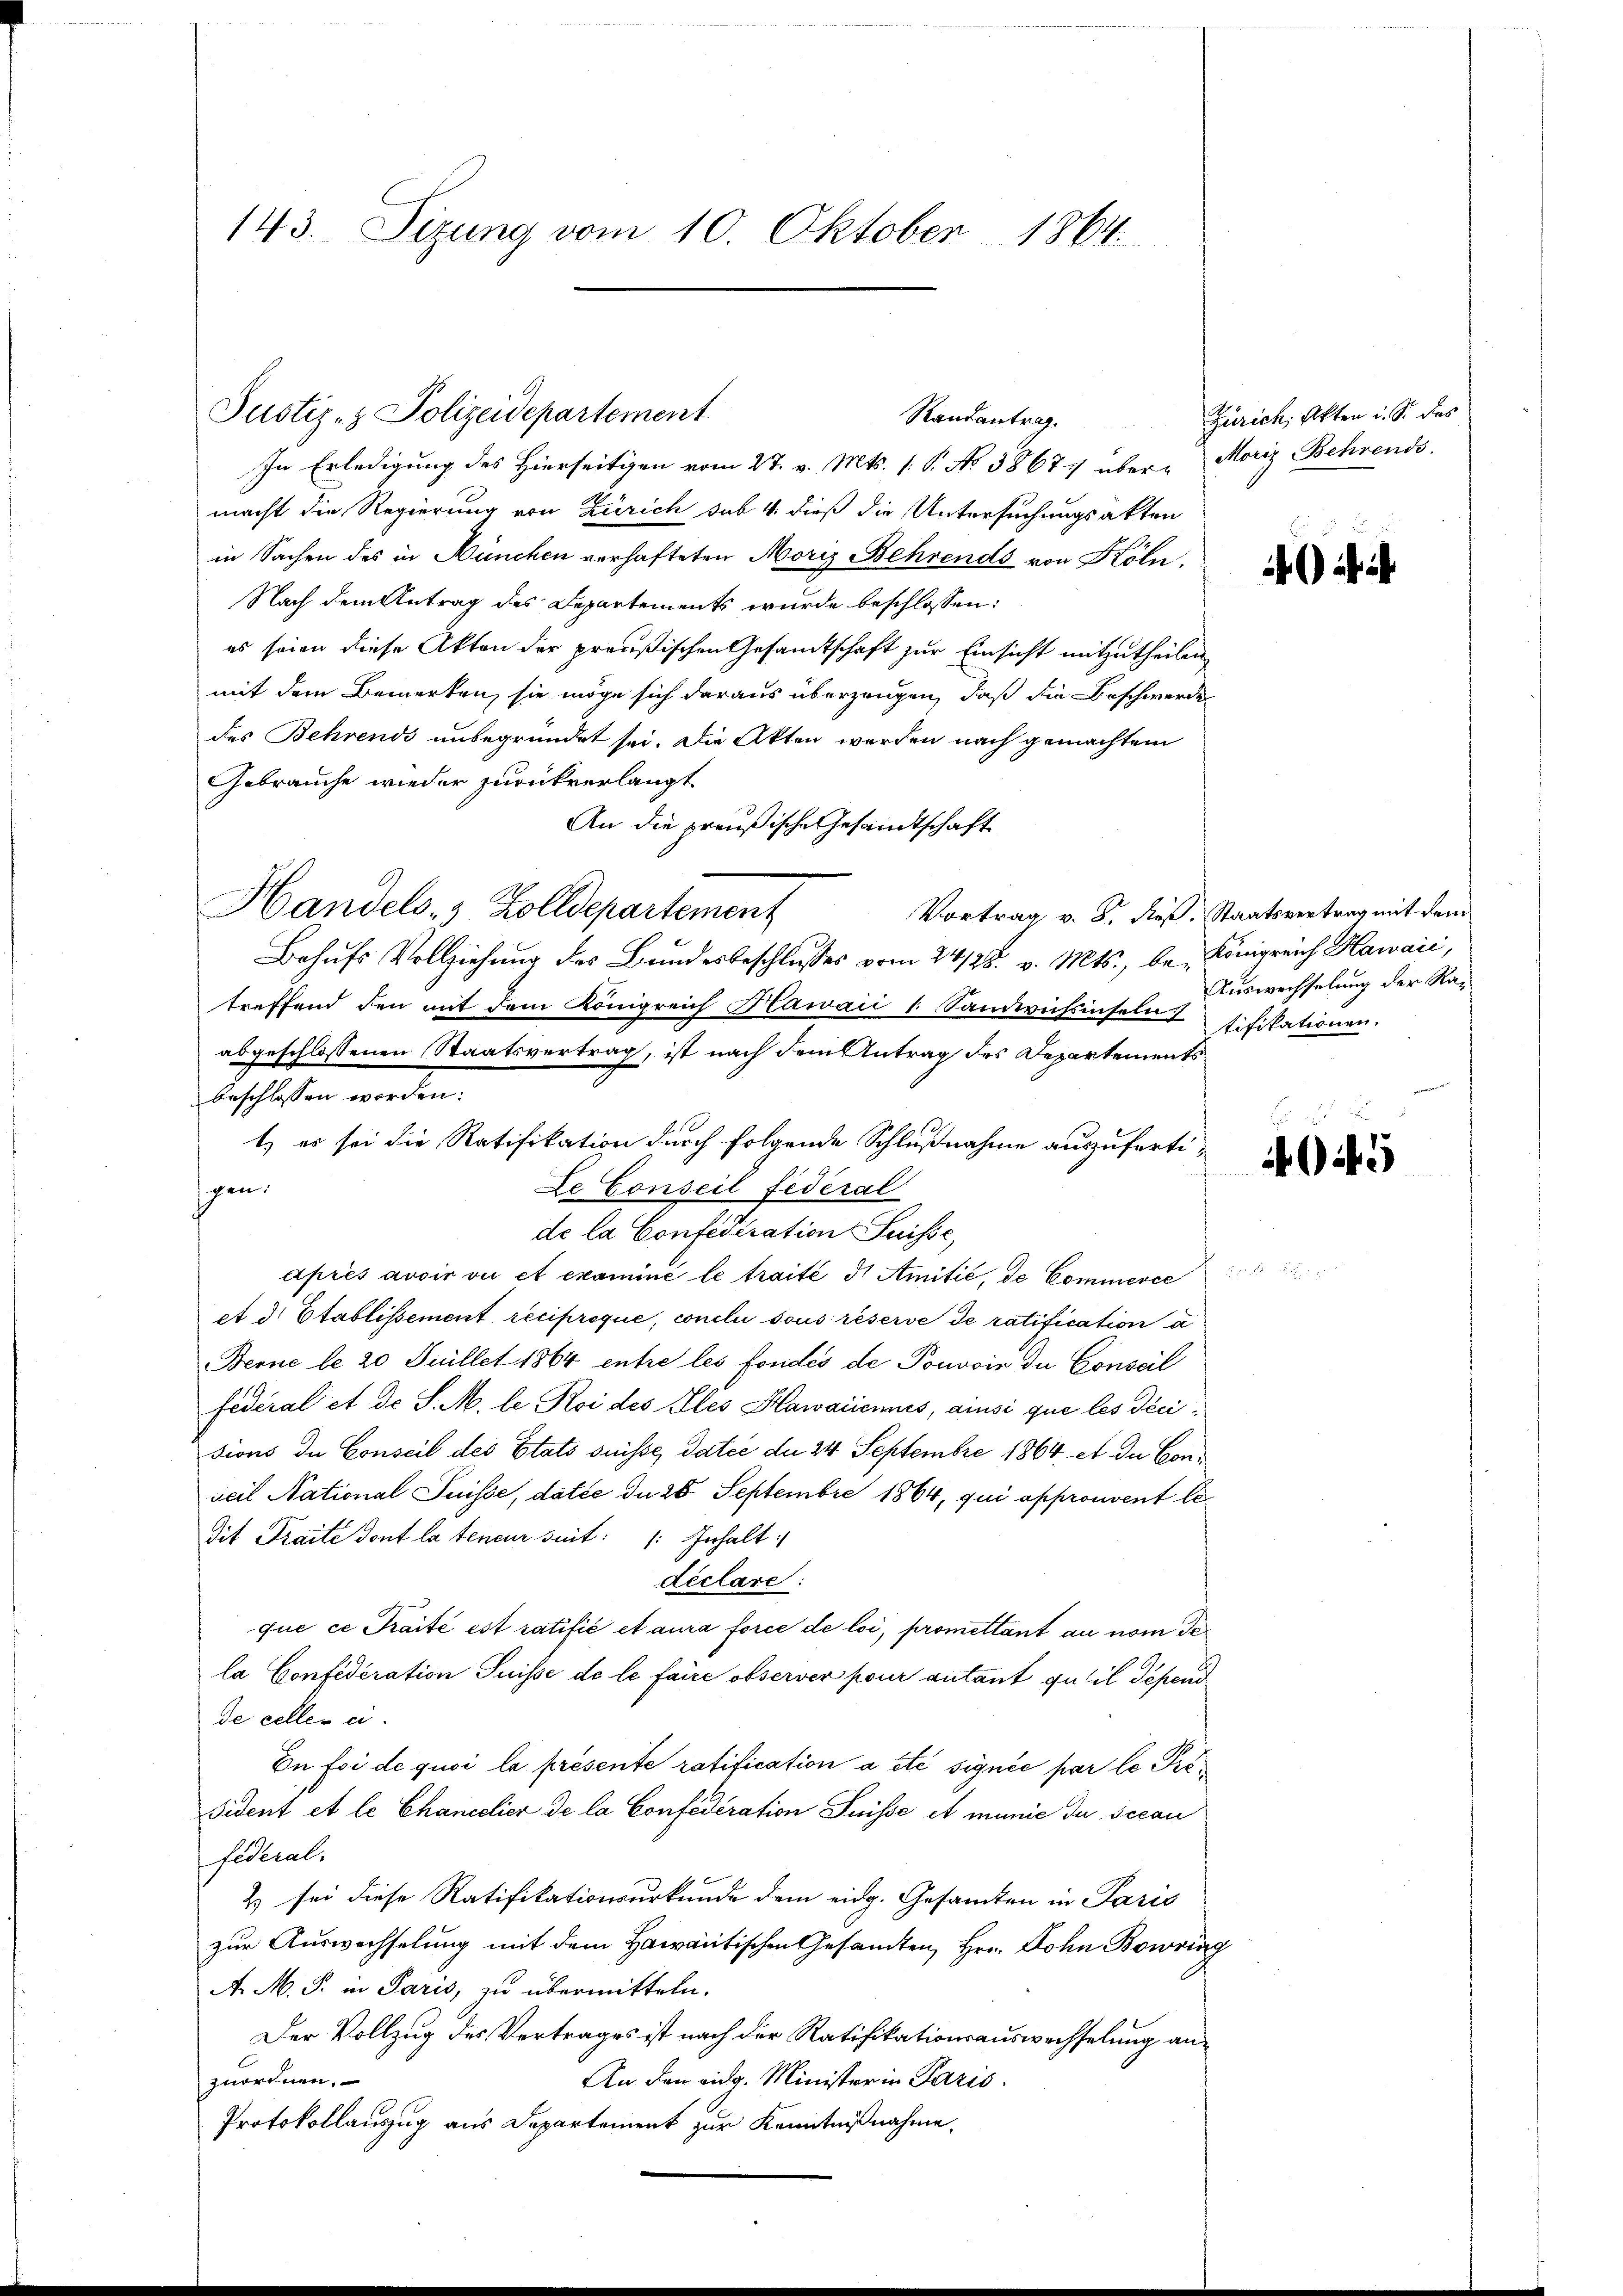
143. Sizung vom 10. Oktober 1864.

In Erledigung des Hierseitigen vom 27. v. Mts. 1. S. No 3867 über - Moriz Behrends
macht die Regierung von Zürich sub 4 dieß die Untersuchungsakten
in Sachen des in München verhafteten Moriz Behrends von Köln,
Nach dem Antrag des Departements wurde beschlossen:
es seien diese Akten der preußischen Gesamtschaft zur Einsicht mitzutheilen,
mit dem Bemerken, sie möge sich daraus überzeugen, daß die Beschwerde
des Behrends unbegründet sei. Die Akten werden nach gemachtem
Gebrauche wieder zurückverlangt
An die preußische Gesandtschaft
Handels- & Zolldepartement
Behufs Vollziehung des Bundesbeschlusses vom 24/28. v. Mts., be- Königreich Hawaić,
treffend den mit dem Königreich Nawaii l. Sandwüchsinseln stifikationen
abgeschlossenen Staatsvertrag, ist nach dem Antrag des Departements
beschlossen worden:
gen.
De Conseil fédéral
de la Confédération Suisse,
après avoir vu et examiné le traité d Amitić, de Commerce
et d. Etablissement reciproque, conclu sous réserve de ratification a
Berne le 20 Süillet 1864 entre les fondes de Pouvoin du Conseil
Federal et de S. M. le Roi des Elles Hawaciennes, ainsi que les décisions de Conseil des Etats suisse, datée der 24 Septembre 1864 et du Conseil National Suisse, datie du 28 Septembre 1864, qui approuvent ledit Traite dont la teneur seit /: Inhalt
déclare:
que ce Traité est ratifié et aura force de loi, promettant au vom Gela Confideration Suisse de le faire observer pour autant qu’il depend
de celles ci-
In foi de quoi la présente ratification a été signée par le Pri¬
Fident et le Chancelier de la Confederation Suisse et manie du secan
fideral.
2) sei diese Ratifikationsurkunde dem eidg. Gesamten in Paris
zur Auswechselung mit dem Hawantischen Gesamten, Hrn. Dohn Bowing
A. M. S. in Paris, zu übermitteln.
Der Vollzug des Vertrages ist nach der Ratifikationsauswechselung an¬
An den eidg. Minister in Paris.
zuordnen.
Protokollauszug aus Departement zur Kenntnißnahme.

Justiz- & Polizeidepartement

t) es sei die Ratifikation durch folgende Schlußnahme auszuferti¬

Randantrag.

Zürich, Akten i. S. des

Vortrag v. 8. dieß. Staatsvertrag mit dem
Auswechselung der Ra-

5